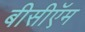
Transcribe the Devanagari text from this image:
बीसीऍम